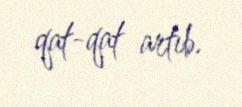
qat-qat artıb.